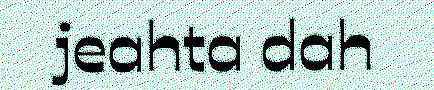
jeahta dah